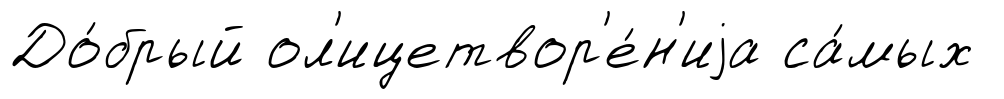
До́брый ол'ицетвор'е́н'иjа са́мых